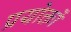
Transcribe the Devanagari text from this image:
प्रयोक्तों